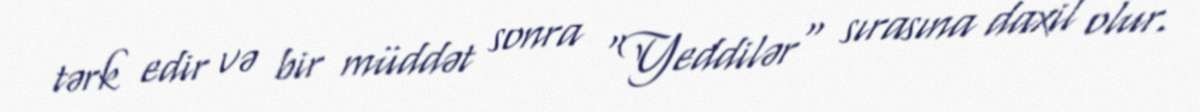
tərk edir və bir müddət sonra "Yeddilər" sırasına daxil olur.